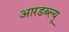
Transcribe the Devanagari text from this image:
आरडब्ल्यू